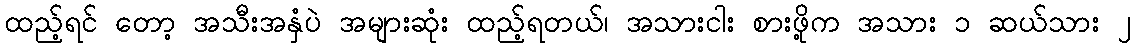
ထည့်ရင် တော့ အသီးအနှံပဲ အများဆုံး ထည့်ရတယ်၊ အသားငါး စားဖို့က အသား ၁ ဆယ်သား ၂